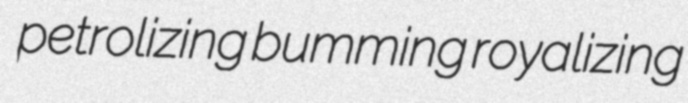
petrolizing bumming royalizing